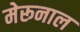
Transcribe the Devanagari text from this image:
मेरूनाल